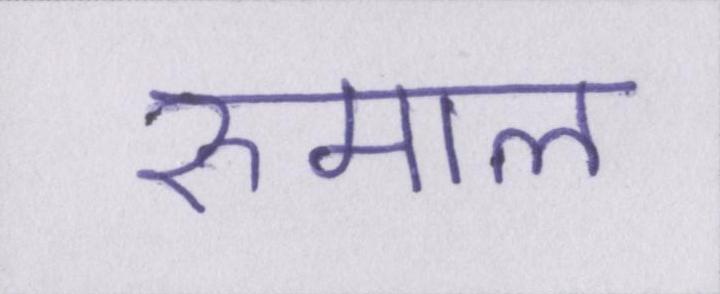
रुमाल